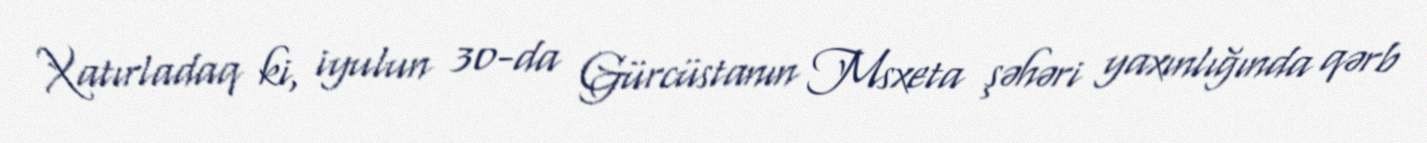
Xatırladaq ki, iyulun 30-da Gürcüstanın Msxeta şəhəri yaxınlığında qərb